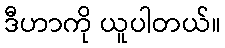
ဒီဟာကို ယူပါတယ်။